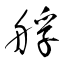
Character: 艀